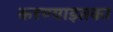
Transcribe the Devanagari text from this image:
करण्याइतका